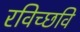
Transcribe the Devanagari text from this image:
रविच्छवि